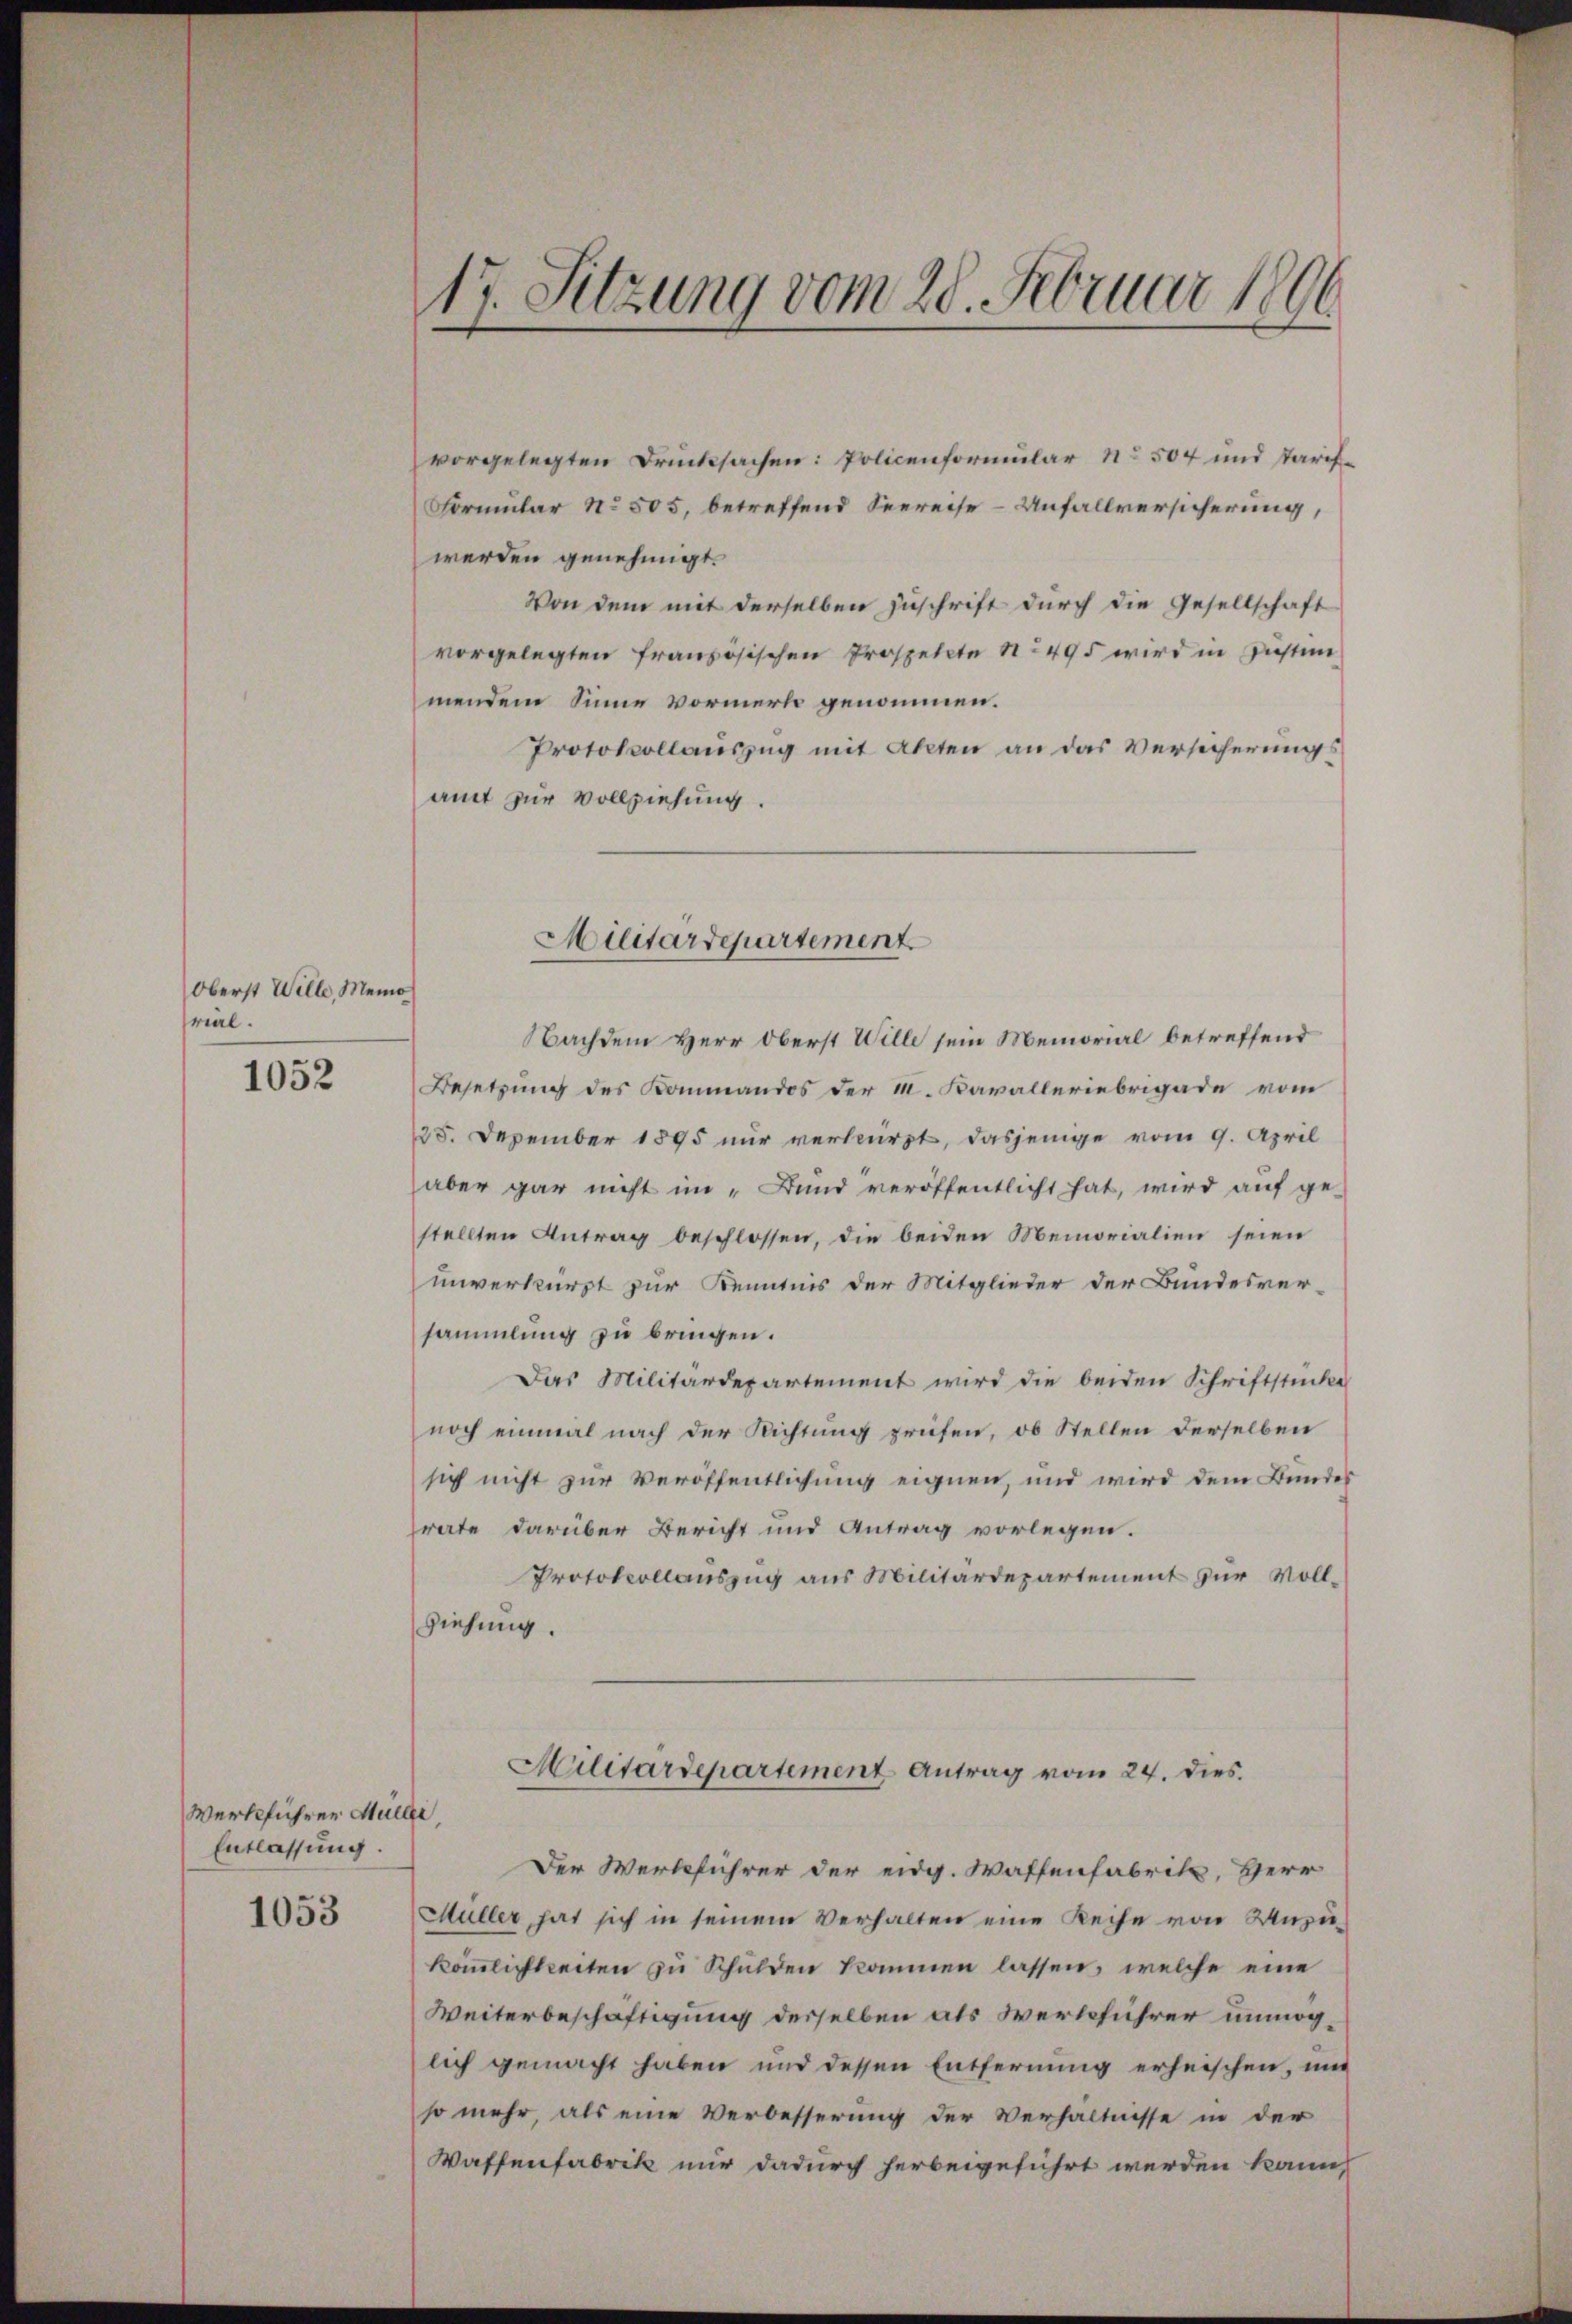
Oberst Wille, Memo
rial.

1052

Werkführer Müller,
Entlassung.

1053

17. Sitzung vom 28. Februar 1806

vorgelegten Drucksachen: Policenformular No 504 und Tarif¬
Formular No 505, betreffend Seereise-Unfallversicherung,
werden genehmigt.
Von dem mit derselben Zuschrift durch die Gesellschaft
vorgelegten französischen Prospette No 495 wird in Zustim
mendem Sinne vormerk genommen.
Protokollauszug mit Akten an das Versicherungsamt zur Vollziehung.
Nachdem Herr Oberst Wille sein Memorial betreffend
Besetzung des Kommandos der M. Kavalleriebrigade vom
125. Dezember 1895 nur verkürzt, dasjenige vom 9. April
aber gar nicht im „Bund veröffentlicht hat, wird auf ge-
stellten Antrag beschlossen, die beiden Memorialien seien
unverkürzt zur Kenntnis der Mitglieder der Bundesver-
sammlung zu bringen.
Das Militärdepartement wird die beiden Schriftstücke
noch einmal nach der Richtung prüfen, ob Stellen derselben
sich nicht zur Veröffentlichung eignen, und wird dem Bundes
frate darüber Bericht und Antrag vorlegen.
Protokollauszug aus Militärdepartement zur Vollziehung.
Militärdepartement Antrag vom 24. dies
Der Werkführer der eidg. Waffenfabrik, Herr
Müller hat sich in seinem Verhalten eine Reihe von Unzu-
kömmlichkeiten zu Schulden kommen lassen, welche eine
Weiterbeschäftigung desselben als Werkführer unmöglich gemacht haben und dessen Entfernung erheischen, und
so mehr als eine Verbesserung der Verhältnisse in der
Waffenfabrik nur dadurch herbeigeführt werden kann,

Militärdepartement